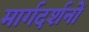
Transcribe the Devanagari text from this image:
मार्गदर्शनों